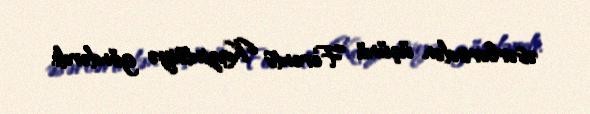
əsərlərindən üçünü Ferents Kazintsiyə göndərdi.